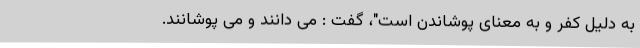
به دلیل کفر و به معنای پوشاندن است"، گفت : می دانند و می پوشانند.